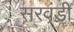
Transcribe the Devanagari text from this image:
सरवंडी